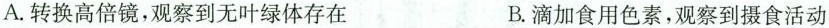
A.转换高倍镜，观察到无叶绿体存在 B.滴加食用色素，观察到摄食活动